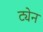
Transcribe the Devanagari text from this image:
ट्येन